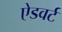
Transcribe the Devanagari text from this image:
ऐडवर्ट